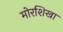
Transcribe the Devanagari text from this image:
मोरशिखा